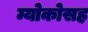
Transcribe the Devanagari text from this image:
म्योकोसह